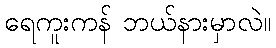
ရေကူးကန် ဘယ်နားမှာလဲ။